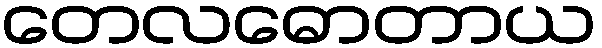
တေလဓောတာယ